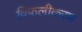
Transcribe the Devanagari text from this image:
विफलीकरण